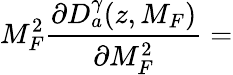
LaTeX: M_{F}^{2}\frac{\partial D_{a}^{\gamma}(z,M_{F})}{\partial M_{F}^{2}}=